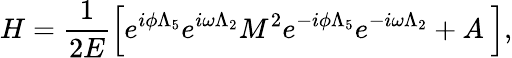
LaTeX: H=\frac 1{2E}\left[e^{i\phi\Lambda_{5}}e^{i\omega\Lambda_{2}}M^{2}e^{-i\phi\Lambda_{5}}e^{-i\omega\Lambda_{2}}+A\ \right],